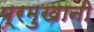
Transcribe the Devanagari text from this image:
प्रमुखानी